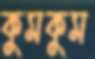
কুমকুম